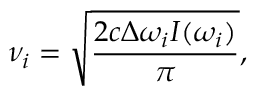
\nu _ { i } = \sqrt { \frac { 2 c \Delta \omega _ { i } I ( \omega _ { i } ) } { \pi } } ,